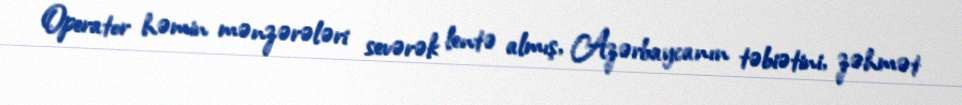
Operator həmin mənzərələri sevərək lentə almış, Azərbaycanın təbiətini, zəhmət